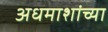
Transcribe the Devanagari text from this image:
अधमाशांच्या